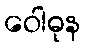
ဝေါဓုန